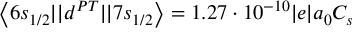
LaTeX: \left\langle 6 s _ { 1 / 2 } | | d ^ { P T } | | 7 s _ { 1 / 2 } \right\rangle = 1 . 2 7 \cdot 1 0 ^ { - 1 0 } | e | a _ { 0 } C _ { s }